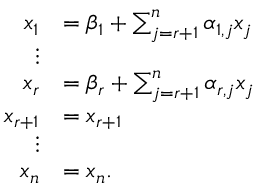
{ \begin{array} { r l } { x _ { 1 } } & { = \beta _ { 1 } + \sum _ { j = r + 1 } ^ { n } \alpha _ { 1 , j } x _ { j } } \\ { \vdots } \\ { x _ { r } } & { = \beta _ { r } + \sum _ { j = r + 1 } ^ { n } \alpha _ { r , j } x _ { j } } \\ { x _ { r + 1 } } & { = x _ { r + 1 } } \\ { \vdots } \\ { x _ { n } } & { = x _ { n } . } \end{array} }